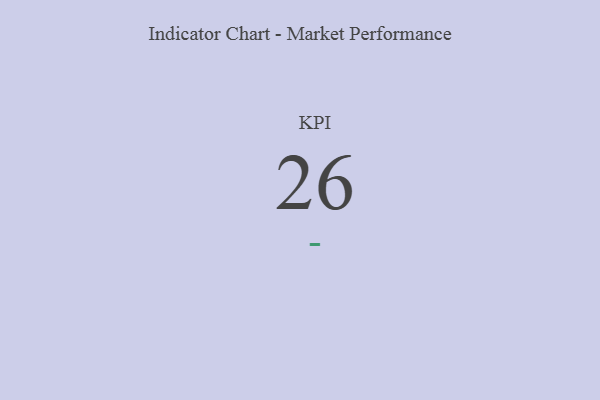
{"axis": {"x": "KPI", "y": "Value"}, "legend": [""], "data": [{"x": "KPI", "y": 26, "type": ""}]}